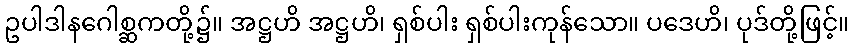
ဥပါဒါနဂေါစ္ဆကတို့၌။ အဋ္ဌဟိ အဋ္ဌဟိ၊ ရှစ်ပါး ရှစ်ပါးကုန်သော။ ပဒေဟိ၊ ပုဒ်တို့ဖြင့်။